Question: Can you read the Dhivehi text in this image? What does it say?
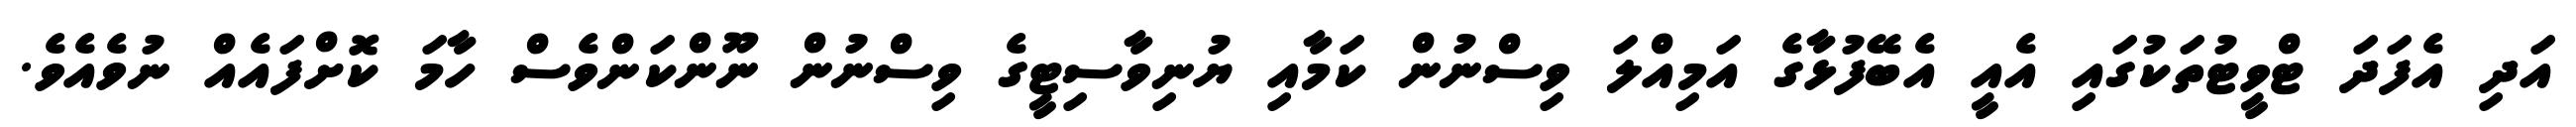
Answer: އަދި އެފަދަ ޓްވީޓުތަކުގައި އެއީ އެބޭފުޅާގެ އަމިއްލަ ވިސްނުން ކަމާއި ޔުނިވާސިޓީގެ ވިސްނުން ނޫންކަންވެސް ހާމަ ކޮށްފައެއް ނުވެއެވެ.